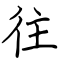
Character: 往